Materia medica of Madras volume I
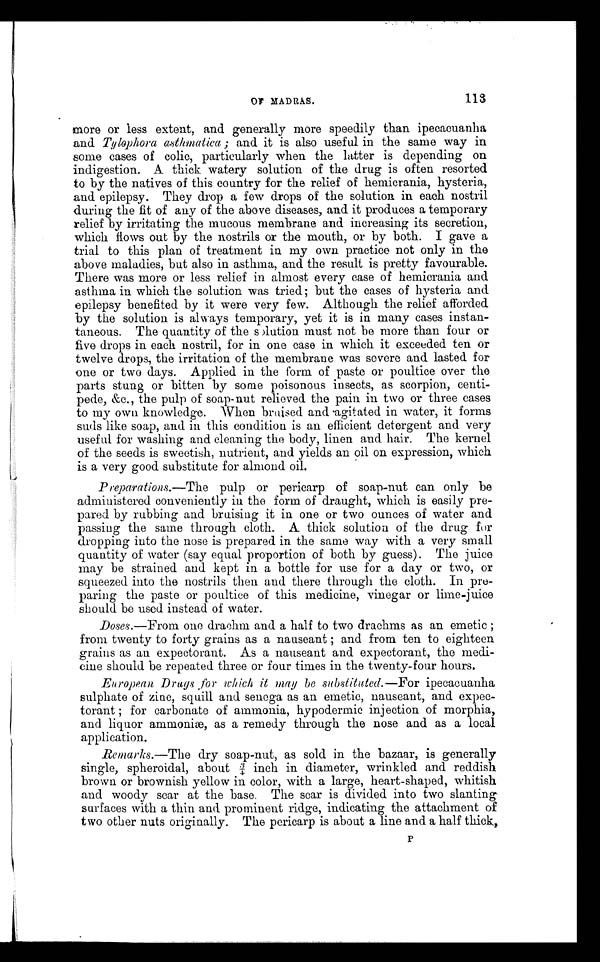
OF MADRAS.
113
more or less extent, and generally more speedily than ipecacuanh
a
and Tylophora asthmatica ; and it is also useful in the same way in
some cases of colic, particularly when the latter is depending on
indigestion. A thick watery solution of the drug is often resorted
to by the natives of this country for the relief of hemicrania, hysteria,
and epilepsy. They drop a few drops of the solution in each nostril
during the fit of any of the above diseases, and it produces a temporary
relief by irritating the mucous membrane and increasing its secretion,
which flows out by the nostrils or the mouth, or by both. I gave a
trial to this plan of treatment in my own practice not only in the
above maladies, but also in asthma, and the result is pretty favourable.
There was more or less relief in almost every case of hemicrania and
asthma in which the solution was tried ; but the cases of hysteria and
epilepsy benefited by it were very few. Although the relief afforded
by the solution is always temporary, yet it is in many cases instan
-
taneous. The quantity of the solution must not be more than four or
five drops in each nostril, for in one case in which it exceeded ten or
twelve drops, the irritation of the membrane was severe and lasted for
one or two days. Applied in the form of paste or poultice over the
parts stung or bitten by some poisonous insects, as scorpion, centi
-
pede, &c., the pulp of soap-nut relieved the pain in two or three cases
to my own knowledge. When bruised and agitated in water, it forms
suds like soap, and in this condition is an efficient detergent and very
useful for washing and cleaning the body, linen and hair. The kernel
of the seeds is sweetish, nutrient, and yields an oil on expression, which
is a very good substitute for almond oil.
Preparations.—The pulp or pericarp of soap-nut can only be
administered conveniently in the form of draught, which is easily pre
-
pared by rubbing and bruising it in one or two ounces of water and
passing the same through cloth. A thick solution of the drug for
dropping into the nose is prepared in the same way with a very small
quantity of water (say equal proportion of both by guess). The juice
may be strained and kept in a bottle for use for a day or two, or
squeezed into the nostrils then and there through the cloth. In pre
-
paring the paste or poultice of this medicine, vinegar or lime-juice
should be used instead of water.
Doses.—From one drachm and a half to two drachms as an emetic ;
from twenty to forty grains as a nauseant ; and from ten to eighteen
grains as an expectorant. As a nauseant and expectorant, the medi
-
cine should be repeated three or four times in the twenty-four hours.
European Drugs ,for which it may be substituted.—For ipecacuanha
sulphate of zinc, squill and senega as an emetic, nauseant, and expec
-
torant ; for carbonate of ammonia, hypodermic injection of morphia,
and liquor ammoniæ, as a remedy through the nose and as a local
application.
Remarks.—The dry soap-nut, as sold in the bazaar, is generally
single, spheroidal, about ¾ inch in diameter, wrinkled and reddish
brown or brownish yellow in color, with a large, heart-shaped, whitish
and woody scar at the base. The scar is divided into two slanting
surfaces with a thin and prominent ridge, indicating the attachment of
two other nuts originally. The pericarp is about a line and a half thick,